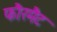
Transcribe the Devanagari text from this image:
फौरमैट